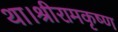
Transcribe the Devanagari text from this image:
था।श्रीरामकृष्ण